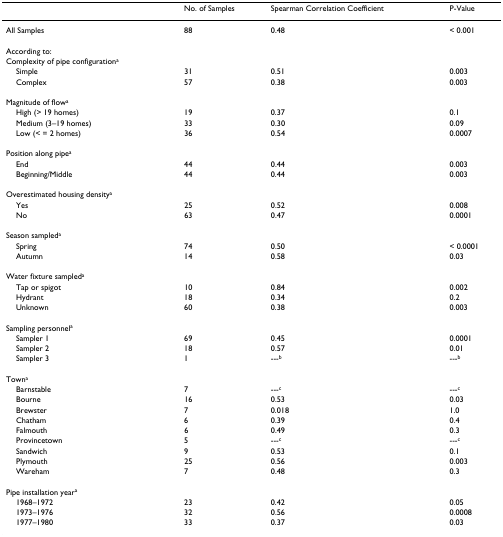
<table><thead><tr><td></td><td><b>No. of Samples</b></td><td><b>Spearman Correlation Coefficient</b></td><td><b>P-Value</b></td></tr></thead><tbody><tr><td>All Samples</td><td>88</td><td>0.48</td><td>&lt; 0.001</td></tr><tr><td>According to:</td><td></td><td></td><td></td></tr><tr><td>Complexity of pipe configuration<sup>a</sup></td><td></td><td></td><td></td></tr><tr><td> Simple</td><td>31</td><td>0.51</td><td>0.003</td></tr><tr><td> Complex</td><td>57</td><td>0.38</td><td>0.003</td></tr><tr><td>Magnitude of flow<sup>a</sup></td><td></td><td></td><td></td></tr><tr><td> High (&gt; 19 homes)</td><td>19</td><td>0.37</td><td>0.1</td></tr><tr><td> Medium (3–19 homes)</td><td>33</td><td>0.30</td><td>0.09</td></tr><tr><td> Low (&lt; = 2 homes)</td><td>36</td><td>0.54</td><td>0.0007</td></tr><tr><td>Position along pipe<sup>a</sup></td><td></td><td></td><td></td></tr><tr><td> End</td><td>44</td><td>0.44</td><td>0.003</td></tr><tr><td> Beginning/Middle</td><td>44</td><td>0.44</td><td>0.003</td></tr><tr><td>Overestimated housing density<sup>a</sup></td><td></td><td></td><td></td></tr><tr><td> Yes</td><td>25</td><td>0.52</td><td>0.008</td></tr><tr><td> No</td><td>63</td><td>0.47</td><td>0.0001</td></tr><tr><td>Season sampled<sup>a</sup></td><td></td><td></td><td></td></tr><tr><td> Spring</td><td>74</td><td>0.50</td><td>&lt; 0.0001</td></tr><tr><td> Autumn</td><td>14</td><td>0.58</td><td>0.03</td></tr><tr><td>Water fixture sampled<sup>a</sup></td><td></td><td></td><td></td></tr><tr><td> Tap or spigot</td><td>10</td><td>0.84</td><td>0.002</td></tr><tr><td> Hydrant</td><td>18</td><td>0.34</td><td>0.2</td></tr><tr><td> Unknown</td><td>60</td><td>0.38</td><td>0.003</td></tr><tr><td>Sampling personnel<sup>a</sup></td><td></td><td></td><td></td></tr><tr><td> Sampler 1</td><td>69</td><td>0.45</td><td>0.0001</td></tr><tr><td> Sampler 2</td><td>18</td><td>0.57</td><td>0.01</td></tr><tr><td> Sampler 3</td><td>1</td><td>---<sup>b</sup></td><td>---<sup>b</sup></td></tr><tr><td>Town<sup>a</sup></td><td></td><td></td><td></td></tr><tr><td> Barnstable</td><td>7</td><td>---<sup>c</sup></td><td>---<sup>c</sup></td></tr><tr><td> Bourne</td><td>16</td><td>0.53</td><td>0.03</td></tr><tr><td> Brewster</td><td>7</td><td>0.018</td><td>1.0</td></tr><tr><td> Chatham</td><td>6</td><td>0.39</td><td>0.4</td></tr><tr><td> Falmouth</td><td>6</td><td>0.49</td><td>0.3</td></tr><tr><td> Provincetown</td><td>5</td><td>---<sup>c</sup></td><td>---<sup>c</sup></td></tr><tr><td> Sandwich</td><td>9</td><td>0.53</td><td>0.1</td></tr><tr><td> Plymouth</td><td>25</td><td>0.56</td><td>0.003</td></tr><tr><td> Wareham</td><td>7</td><td>0.48</td><td>0.3</td></tr><tr><td>Pipe installation year<sup>a</sup></td><td></td><td></td><td></td></tr><tr><td> 1968–1972</td><td>23</td><td>0.42</td><td>0.05</td></tr><tr><td> 1973–1976</td><td>32</td><td>0.56</td><td>0.0008</td></tr><tr><td> 1977–1980</td><td>33</td><td>0.37</td><td>0.03</td></tr></tbody></table>